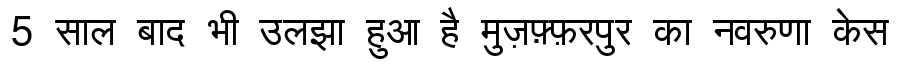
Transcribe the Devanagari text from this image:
5 साल बाद भी उलझा हुआ है मुज़फ़्फ़रपुर का नवरुणा केस